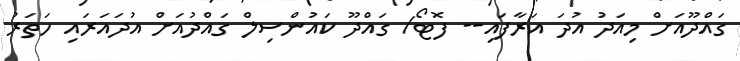
ގައްދޫއަށް މިއަދު އުދަ އަރާފައި-- ފޮޓޯ/ ގައްދޫ ކައުންސިލް ގައްދުއަށް އުދައަރައި ހަތަރު